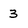
Character: 3